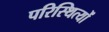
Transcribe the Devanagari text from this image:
परिस्थित्यों